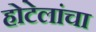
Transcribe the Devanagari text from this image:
होटेलांचा